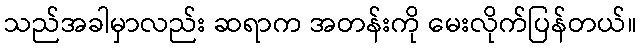
သည်အခါမှာလည်း ဆရာက အတန်းကို မေးလိုက်ပြန်တယ်။